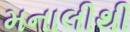
મનાલીથી